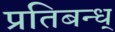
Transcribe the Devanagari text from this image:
प्रतिबन्ध्